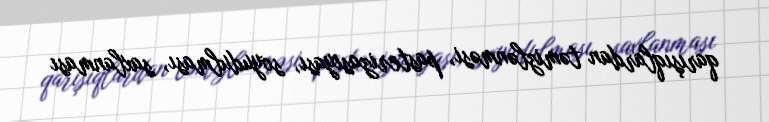
qarışıqlardan təmizlənməsi, pasterizasiyası, soyudulması, saxlanması